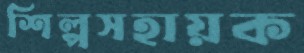
শিল্পসহায়ক